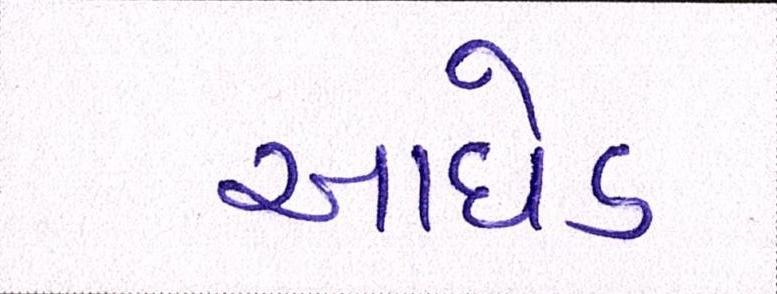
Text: આધેડ